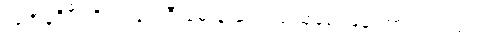
ယူအန်ဒီပီ ကိုလည်း အီးမေးနဲ့ ဆက်သွယ်မေးမြန်းထားပါတယ်။